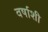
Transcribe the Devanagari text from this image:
वर्षाशी